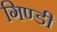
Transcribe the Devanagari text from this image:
गिण्डी